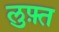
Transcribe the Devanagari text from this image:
लुफ़्त